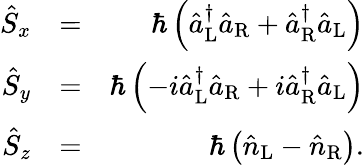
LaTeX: \begin{array}{rlr}{\hat{S}_{x}}&{=}&{\hbar\left(\hat{a}_{\mathrm{L}}^{\dagger}\hat{a}_{\mathrm{R}}+\hat{a}_{\mathrm{R}}^{\dagger}\hat{a}_{\mathrm{L}}\right)}\\ {\hat{S}_{y}}&{=}&{\hbar\left(-i\hat{a}_{\mathrm{L}}^{\dagger}\hat{a}_{\mathrm{R}}+i\hat{a}_{\mathrm{R}}^{\dagger}\hat{a}_{\mathrm{L}}\right)}\\ {\hat{S}_{z}}&{=}&{\hbar\left(\hat{n}_{\mathrm{L}}-\hat{n}_{\mathrm{R}}\right).}\end{array}